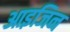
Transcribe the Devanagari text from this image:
आइजिन